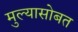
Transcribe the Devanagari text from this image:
मुल्यासोबत